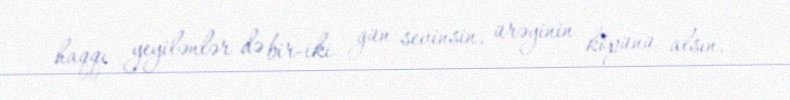
haqqı yeyilənlər də bir-iki gün sevinsin, ürəyinin köpünü alsın.